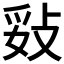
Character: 𢼻